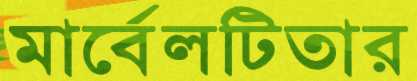
মার্বেলটিতার